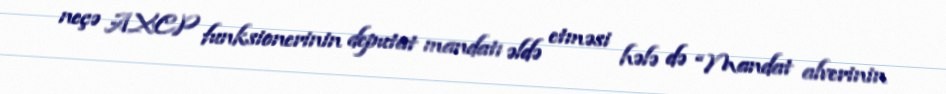
neçə AXCP funksionerinin deputat mandatı əldə etməsi hələ də “Mandat alverinin